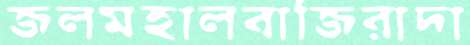
জলমহালবাজিরাদা